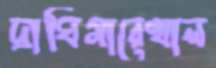
দ্রাঘিমারেখাল